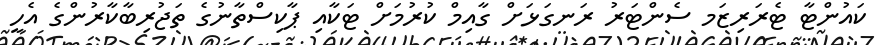
ކައުންޓާ ޓެރަރިޒަމ ސެންޓަރު ރަނގަޅަށް ގާއިމް ކުރުމަށް ޓަކާއި ޕާކިސްތާނުގެ ތަޖުރިބާކާރުންގެ އެހީ